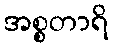
အစ္စတာရိ